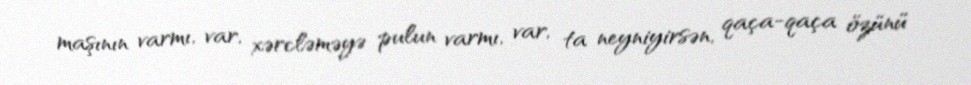
maşının varmı, var, xərcləməyə pulun varmı, var, ta neyniyirsən, qaça-qaça özünü